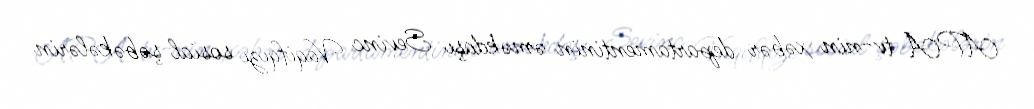
APA tv-nin xəbər departamentinin əməkdaşı Sevinc Vaqifqızı sosial şəbəkələrin